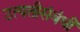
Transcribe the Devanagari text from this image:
उत्पत्तीसंबंधीं